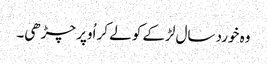
وہ خورد سال لڑکے کو لے کر اُوپر چڑھی۔